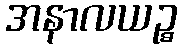
အနာလယဉ္စ